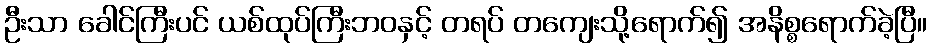
ဦးသာ ခေါင်ကြီးပင် ယစ်ထုပ်ကြီးဘဝနှင့် တရပ် တကျေးသို့ရောက်၍ အနိစ္စရောက်ခဲ့ပြီ။